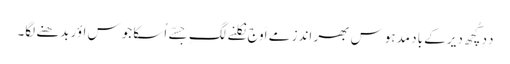
دِدِ کُچھ دیر کے باد مدہوس بھرِ اَندز مے اَوج نِکلنے لگِ جِسّے اُسکا جوس اؤر بدھنے لگا۔